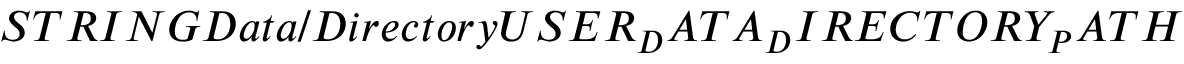
S T R I N G D a t a / D i r e c t o r y U S E R _ { D } A T A _ { D } I R E C T O R Y _ { P } A T H